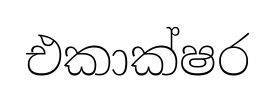
එකාක්ෂර